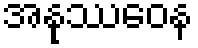
အနုဿဝေန